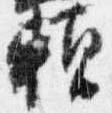
頼